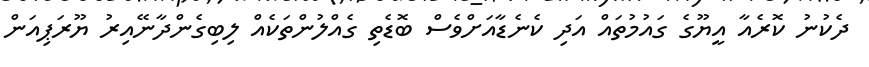
ދެކުނު ކޮރެއާ އީޔޫގެ ގައުމުތައް އަދި ކެނެޑާއަށްވެސް ބޮޑެތި ގެއްލުންތަކެއް ލިބިގެންދާނޭއިރު ޔޫރަޕިއަން